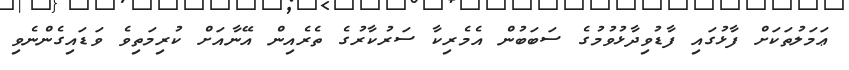
ޢަމަލުތަކަށް ފާޅުގައި ފާޑުވިދާޅުވުމުގެ ސަބަބުން އެމެރިކާ ސަރުކާރުގެ ތެރެއިން އޭނާއަށް ކުރިމަތިވެ ވަޑައިގެންނެވި